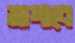
মাপাবে